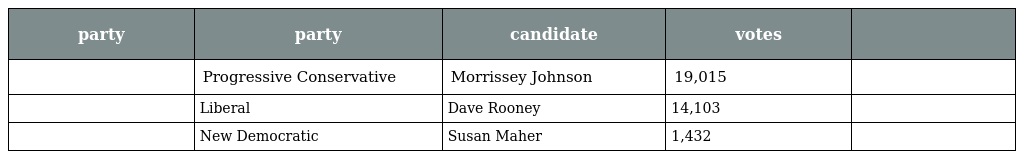
| party | party | candidate | votes |  |
 | --- | --- | --- | --- | --- |
 |  | Progressive Conservative | Morrissey Johnson | 19,015 |  |
 |  | Liberal | Dave Rooney | 14,103 |  |
 |  | New Democratic | Susan Maher | 1,432 |  |